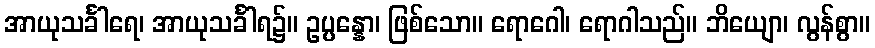
အာယုသင်္ခါရေ၊ အာယုသင်္ခါရ၌။ ဥပ္ပန္နော၊ ဖြစ်သော။ ရောဂေါ၊ ရောဂါသည်။ ဘိယျော၊ လွန်စွာ။